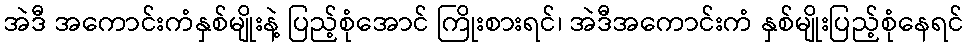
အဲဒီ အကောင်းကံနှစ်မျိုးနဲ့ ပြည့်စုံအောင် ကြိုးစားရင်၊ အဲဒီအကောင်းကံ နှစ်မျိုးပြည့်စုံနေရင်